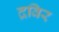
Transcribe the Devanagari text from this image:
द्रविर